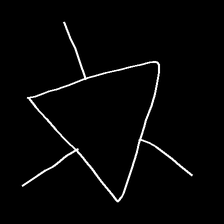
Glyph: fire